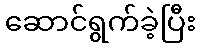
ဆောင်ရွက်ခဲ့ပြီး